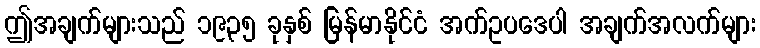
ဤအချက်များသည် ၁၉၃၅ ခုနှစ် မြန်မာနိုင်ငံ အက်ဥပဒေပါ အချက်အလက်များ